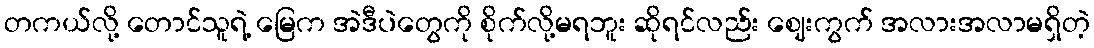
တကယ်လို့ တောင်သူရဲ့ မြေက အဲဒီပဲတွေကို စိုက်လို့မရဘူး ဆိုရင်လည်း ဈေးကွက် အလားအလာမရှိတဲ့